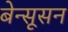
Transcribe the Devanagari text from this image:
बेन्सूसन